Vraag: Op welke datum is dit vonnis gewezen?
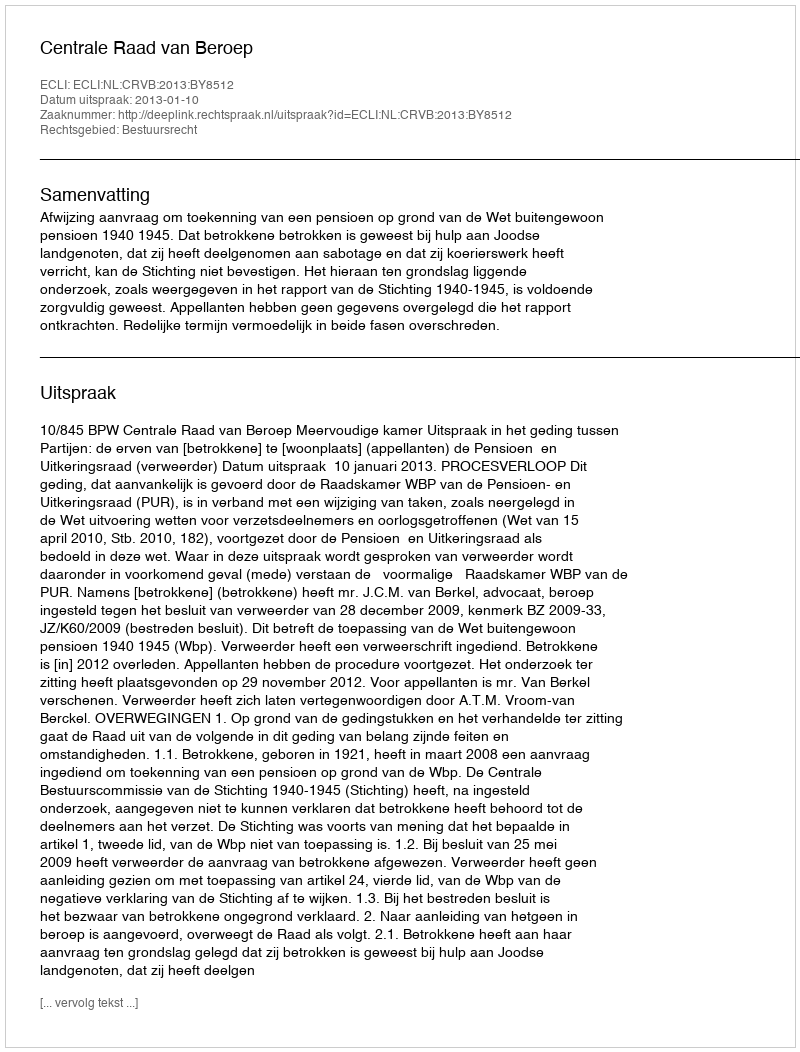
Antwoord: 2013-01-10